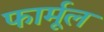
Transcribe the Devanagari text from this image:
फार्मूल